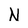
Character: N